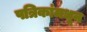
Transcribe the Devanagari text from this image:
पत्रिकांमधून